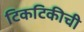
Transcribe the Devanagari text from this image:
टिकटिकीची